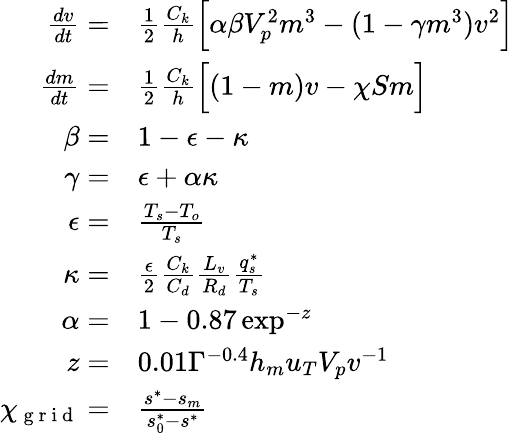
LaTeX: \begin{array}{rl}{\frac{dv}{dt}=}&{{}\frac{1}{2}\frac{C_{k}}{h}\Big[\alpha\beta V_{p}^{2}m^{3}-(1-\gamma m^{3})v^{2}\Big]}\\ {\frac{dm}{dt}=}&{{}\frac{1}{2}\frac{C_{k}}{h}\Big[(1-m)v-\chi Sm\Big]}\\ {\beta=}&{{}1-\epsilon-\kappa}\\ {\gamma=}&{{}\epsilon+\alpha\kappa}\\ {\epsilon=}&{{}\frac{T_{s}-T_{o}}{T_{s}}}\\ {\kappa=}&{{}\frac{\epsilon}{2}\frac{C_{k}}{C_{d}}\frac{L_{v}}{R_{d}}\frac{q_{s}^{*}}{T_{s}}}\\ {\alpha=}&{{}1-0.87\exp^{-z}}\\ {z=}&{{}0.01\Gamma^{-0.4}h_{m}u_{T}V_{p}v^{-1}}\\ {\chi_{\mathrm{~g~r~i~d~}}=}&{{}\frac{s^{*}-s_{m}}{s_{0}^{*}-s^{*}}}\end{array}